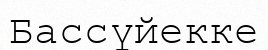
Бассүйекке